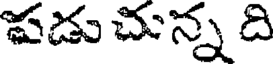
పడు చున్న ది